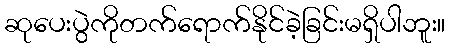
ဆုပေးပွဲကိုတက်ရောက်နိုင်ခဲ့ခြင်းမရှိပါဘူး။